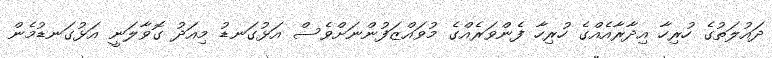
ދައުލަތުގެ ހުރިހާ އިދާރާއެއްގެ ހުރިހާ ފެންވަރެއްގެ މުވައްޒަފުންނަށްވެސް އަޅުގަނޑު މިއަދު ގޮވާލަނީ އަޅުގަނޑުމެން